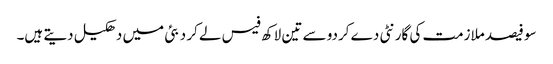
سو فیصد ملازمت کی گارنٹی دے کردو سے تین لاکھ فیس لے کر دبئی میں دھکیل دیتے ہیں۔